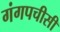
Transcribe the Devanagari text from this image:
गंगपचीसी